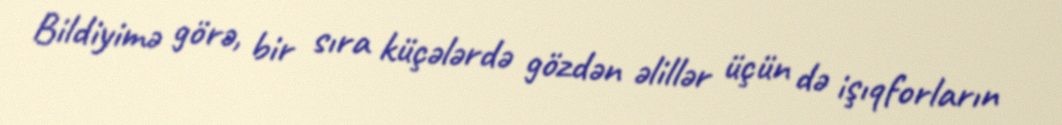
Bildiyimə görə, bir sıra küçələrdə gözdən əlillər üçün də işıqforların